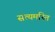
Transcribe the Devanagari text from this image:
सत्यमस्ति